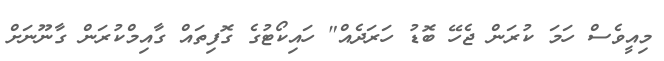
މިއީވެސް ހަމަ ކުރަން ޖެހޭ ބޮޑު ހަރަދެއް" ހައިކޯޓުގެ ގޮފިތައް ގާއިމްކުރަން ގާނޫނަށް